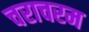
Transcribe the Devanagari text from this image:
चराचरम